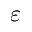
\varepsilon